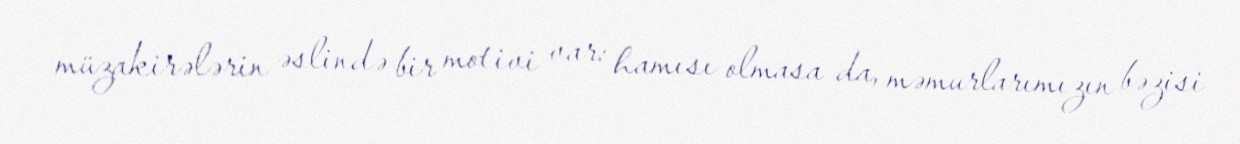
müzakirələrin əslində bir motivi var: hamısı olmasa da, məmurlarımızın bəzisi